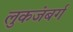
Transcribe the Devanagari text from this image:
लुकजंबर्ग